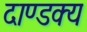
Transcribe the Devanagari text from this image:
दाण्डक्य